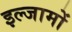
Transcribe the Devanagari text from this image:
इल्जामों